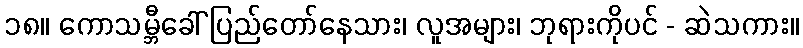
၁၈။ ကောသမ္ဘီခေါ် ပြည်တော်နေသား၊ လူအများ၊ ဘုရားကိုပင် - ဆဲသကား။